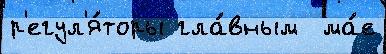
р'егул'я́торы гла́вным  ма́е